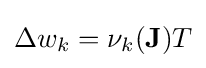
\Delta w_{k}=\nu _{k}(\mathbf {J} )T